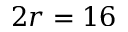
2 r = 1 6